system: You are a helpful assistant.
user:
Analyze the provided spectrum to determine if it is a **M-type Giant (gM)**.

A M-type Giant spectrum is defined by its **strong molecular absorption** features, particularly from **Titanium Oxide (TiO)**. You must check for one of the following mutually exclusive signatures:

- **Key Visual Indicators (Absorption-Dominated Spectrum):**

    - **(Primary):** The spectrum is dominated by strong molecular absorption from **Titanium Oxide (TiO)**. This is the **defining feature** of its M-type temperature class.
        - **(Key Bandheads):** Look for sharp, "saw-tooth" absorption valleys. The strongest are located near **~7050 Å**, **~6160 Å**, and **~5170 Å**.
        - **(Line Profile):** The "saw-tooth" morphology is critical: a **sharp, steep drop on the BLUE (short-wavelength) side** of the bandhead, followed by a gradual recovery (rising flux) towards the RED (long-wavelength) side.

    - **(Key Confirmation - Giant vs. Dwarf):** **ABSENCE** of strong **Calcium Hydride (CaH)** molecular bands. This is the primary diagnostic for *excluding* M-dwarfs.
        - **(Key Region):** The spectrum should lack the strong, broad absorption band seen in dwarfs between **~6800 Å and ~7000 Å**.

    - **(Secondary Confirmation - Giant):** A very strong and broad **Neutral Calcium (Ca I)** atomic absorption line.
        - **(Key Line):** Located at **~4226 Å**. In a giant (gM), this line is significantly deeper and broader than the same line in an M-dwarf (dM) due to low surface gravity.

    - **(Overall Spectrum):**
        - The continuum is **extremely red-sloping** (i.e., flux is very low in the blue and rises dramatically towards the red).
        - The entire spectrum appears "chopped up" by the deep TiO bands.

Think first, call **spectral_visualization_tool** if needed to examine features in detail, then provide your final answer. Your response must adhere to the following strict rules:
1.  **Overall Structure:** Your response must follow the format `<think>...</think> <tool_call>...</tool_call> (if a tool is used) <answer>...</answer>`.
2.  **Tool Usage Constraint:** You may only make **one** tool call per turn.
3.  **Final Answer Format:** In the `<answer>` tag, your conclusion must be inside a `\boxed{}` command (e.g., `\boxed{YES}` or `\boxed{NO}`), followed by your justification.

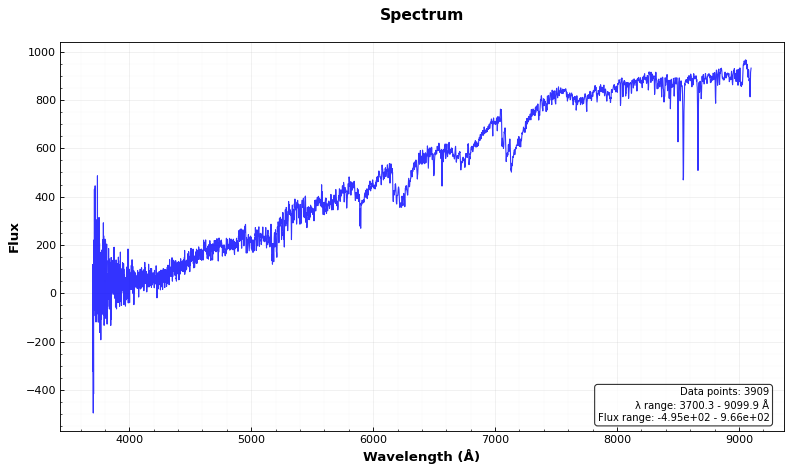
Answer: YES